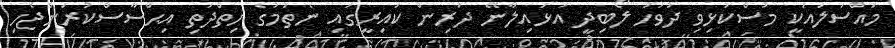
މައްސަލައަކީ މުސްކުޅިވި ދުވަހު ލޯބިދީ އަޅައިލާނޭ ދަރިން ކައިރީގައި ނެތުމުގެ ހިތްދަތި އިޙްސާސްކުރަންޖެހި